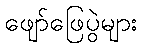
ဖျော်ဖြေပွဲများ